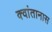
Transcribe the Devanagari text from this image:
क्वांतानास